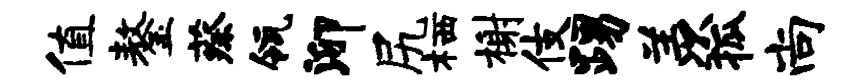
值鏊蔡瓴泖尻栖榭伎踢羡狐尚